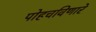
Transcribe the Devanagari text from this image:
पोहचविणारे